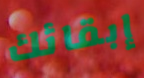
إبقائك